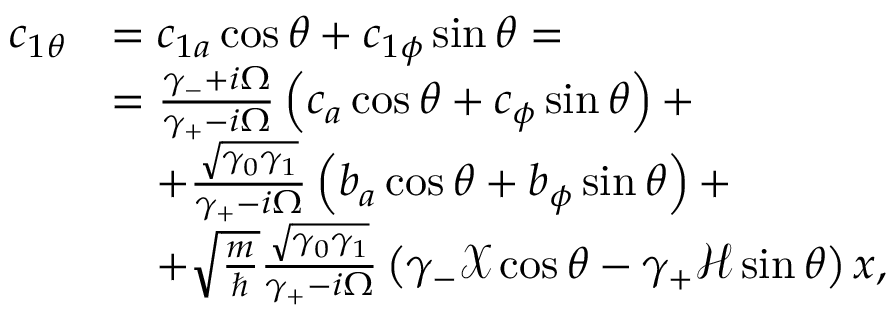
\begin{array} { r l } { c _ { 1 \theta } } & { = c _ { 1 a } \cos \theta + c _ { 1 \phi } \sin \theta = } \\ & { = \frac { \gamma _ { - } + i \Omega } { \gamma _ { + } - i \Omega } \left( c _ { a } \cos \theta + c _ { \phi } \sin \theta \right) + } \\ & { \quad + \frac { \sqrt { \gamma _ { 0 } \gamma _ { 1 } } } { \gamma _ { + } - i \Omega } \left( b _ { a } \cos \theta + b _ { \phi } \sin \theta \right) + } \\ & { \quad + \sqrt { \frac { m } { \hbar } } \frac { \sqrt { \gamma _ { 0 } \gamma _ { 1 } } } { \gamma _ { + } - i \Omega } \left( \gamma _ { - } \mathcal { X } \cos \theta - \gamma _ { + } \mathcal { H } \sin \theta \right) x , } \end{array}